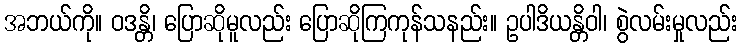
အဘယ်ကို။ ဝဒန္တိ၊ ပြောဆိုမူလည်း ပြောဆိုကြကုန်သနည်း။ ဥပါဒိယန္တိဝါ၊ စွဲလမ်းမှုလည်း